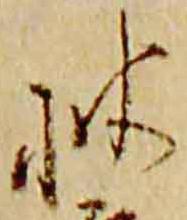
披